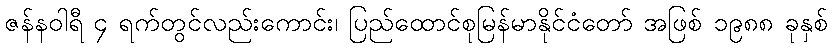
ဇန်နဝါရီ ၄ ရက်တွင်လည်းကောင်း၊ ပြည်ထောင်စုမြန်မာနိုင်ငံတော် အဖြစ် ၁၉၈၈ ခုနှစ်